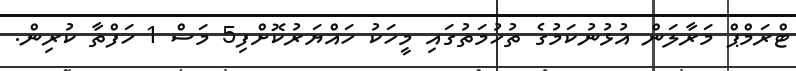
ޓްރަމްޕް މަރާލަން އުޅުނުކަމުގެ ތުހުމަތުގައި މީހަކު ހައްޔަރުކޮށްފި5 މަސް 1 ހަފްތާ ކުރިން.